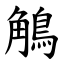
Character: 鵤